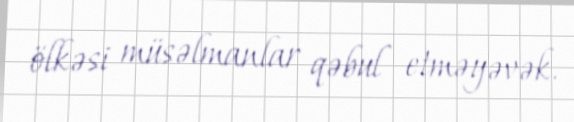
ölkəsi müsəlmanlar qəbul etməyəvək.